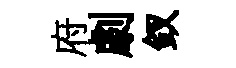
府劇釵